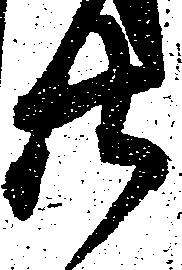
廿